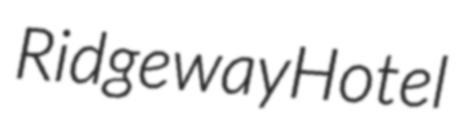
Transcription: Ridgeway Hotel